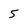
Character: 5